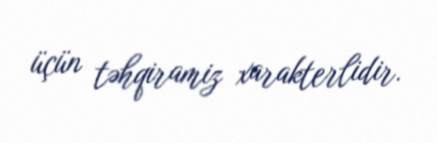
üçün təhqiramiz xarakterlidir.